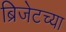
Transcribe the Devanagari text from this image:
ब्रिजेटच्या